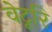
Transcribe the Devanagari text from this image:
वेटूरि